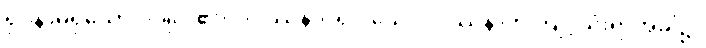
ရုပ်နာမ်ရှိသော ပုဂ္ဂိုလ်၏။ ဝိပဿနာပရိဝါသေ၊ ဝိပဿနာကို ကျင့်သုံးရာအခါ၌။